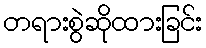
တရားစွဲဆိုထားခြင်း